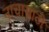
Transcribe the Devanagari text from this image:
नाचासाठी